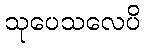
သုပေသလေပိ